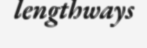
lengthways